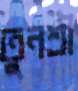
তুনশ্রী